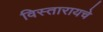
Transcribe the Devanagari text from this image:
विस्तारायचे